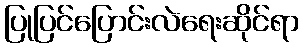
ပြုပြင်ပြောင်းလဲရေးဆိုင်ရာ